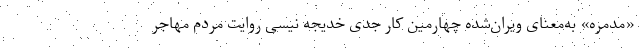
«مدمره» به‌معنای ویران‌شده چهارمین کار جدی خدیجه نیسی روایت مردم مهاجر